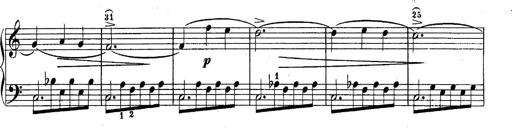
Title: 10 Sonatines progressives
Composer: Anton Schmoll